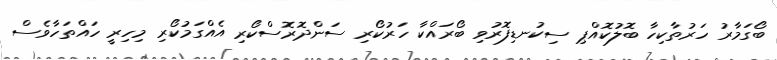
ބޯގަމާރު ހަރުތާކިހާ ބޮލުކޮއްޕި ސިކުނޑިފޮރުވި ބޯރައްކާ ހަރުކޯރި ސަންދޮރޮސްކޯރި އެއްގަމުކޯރި މިހިރީ ހައްތަހާވެސް